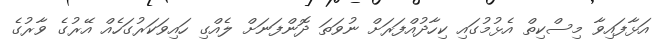
އަޅާފައިވާ މިސްކިތް އެޅުމުގައި ކިހާދުއްފަރަށް ނުވަތަ ދޮންފަނަށް ލެއްގި ހައިވަކަރުގަހެއް އޭރުގެ ވާރުގެ